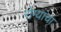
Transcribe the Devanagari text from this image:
रोग्यांचा